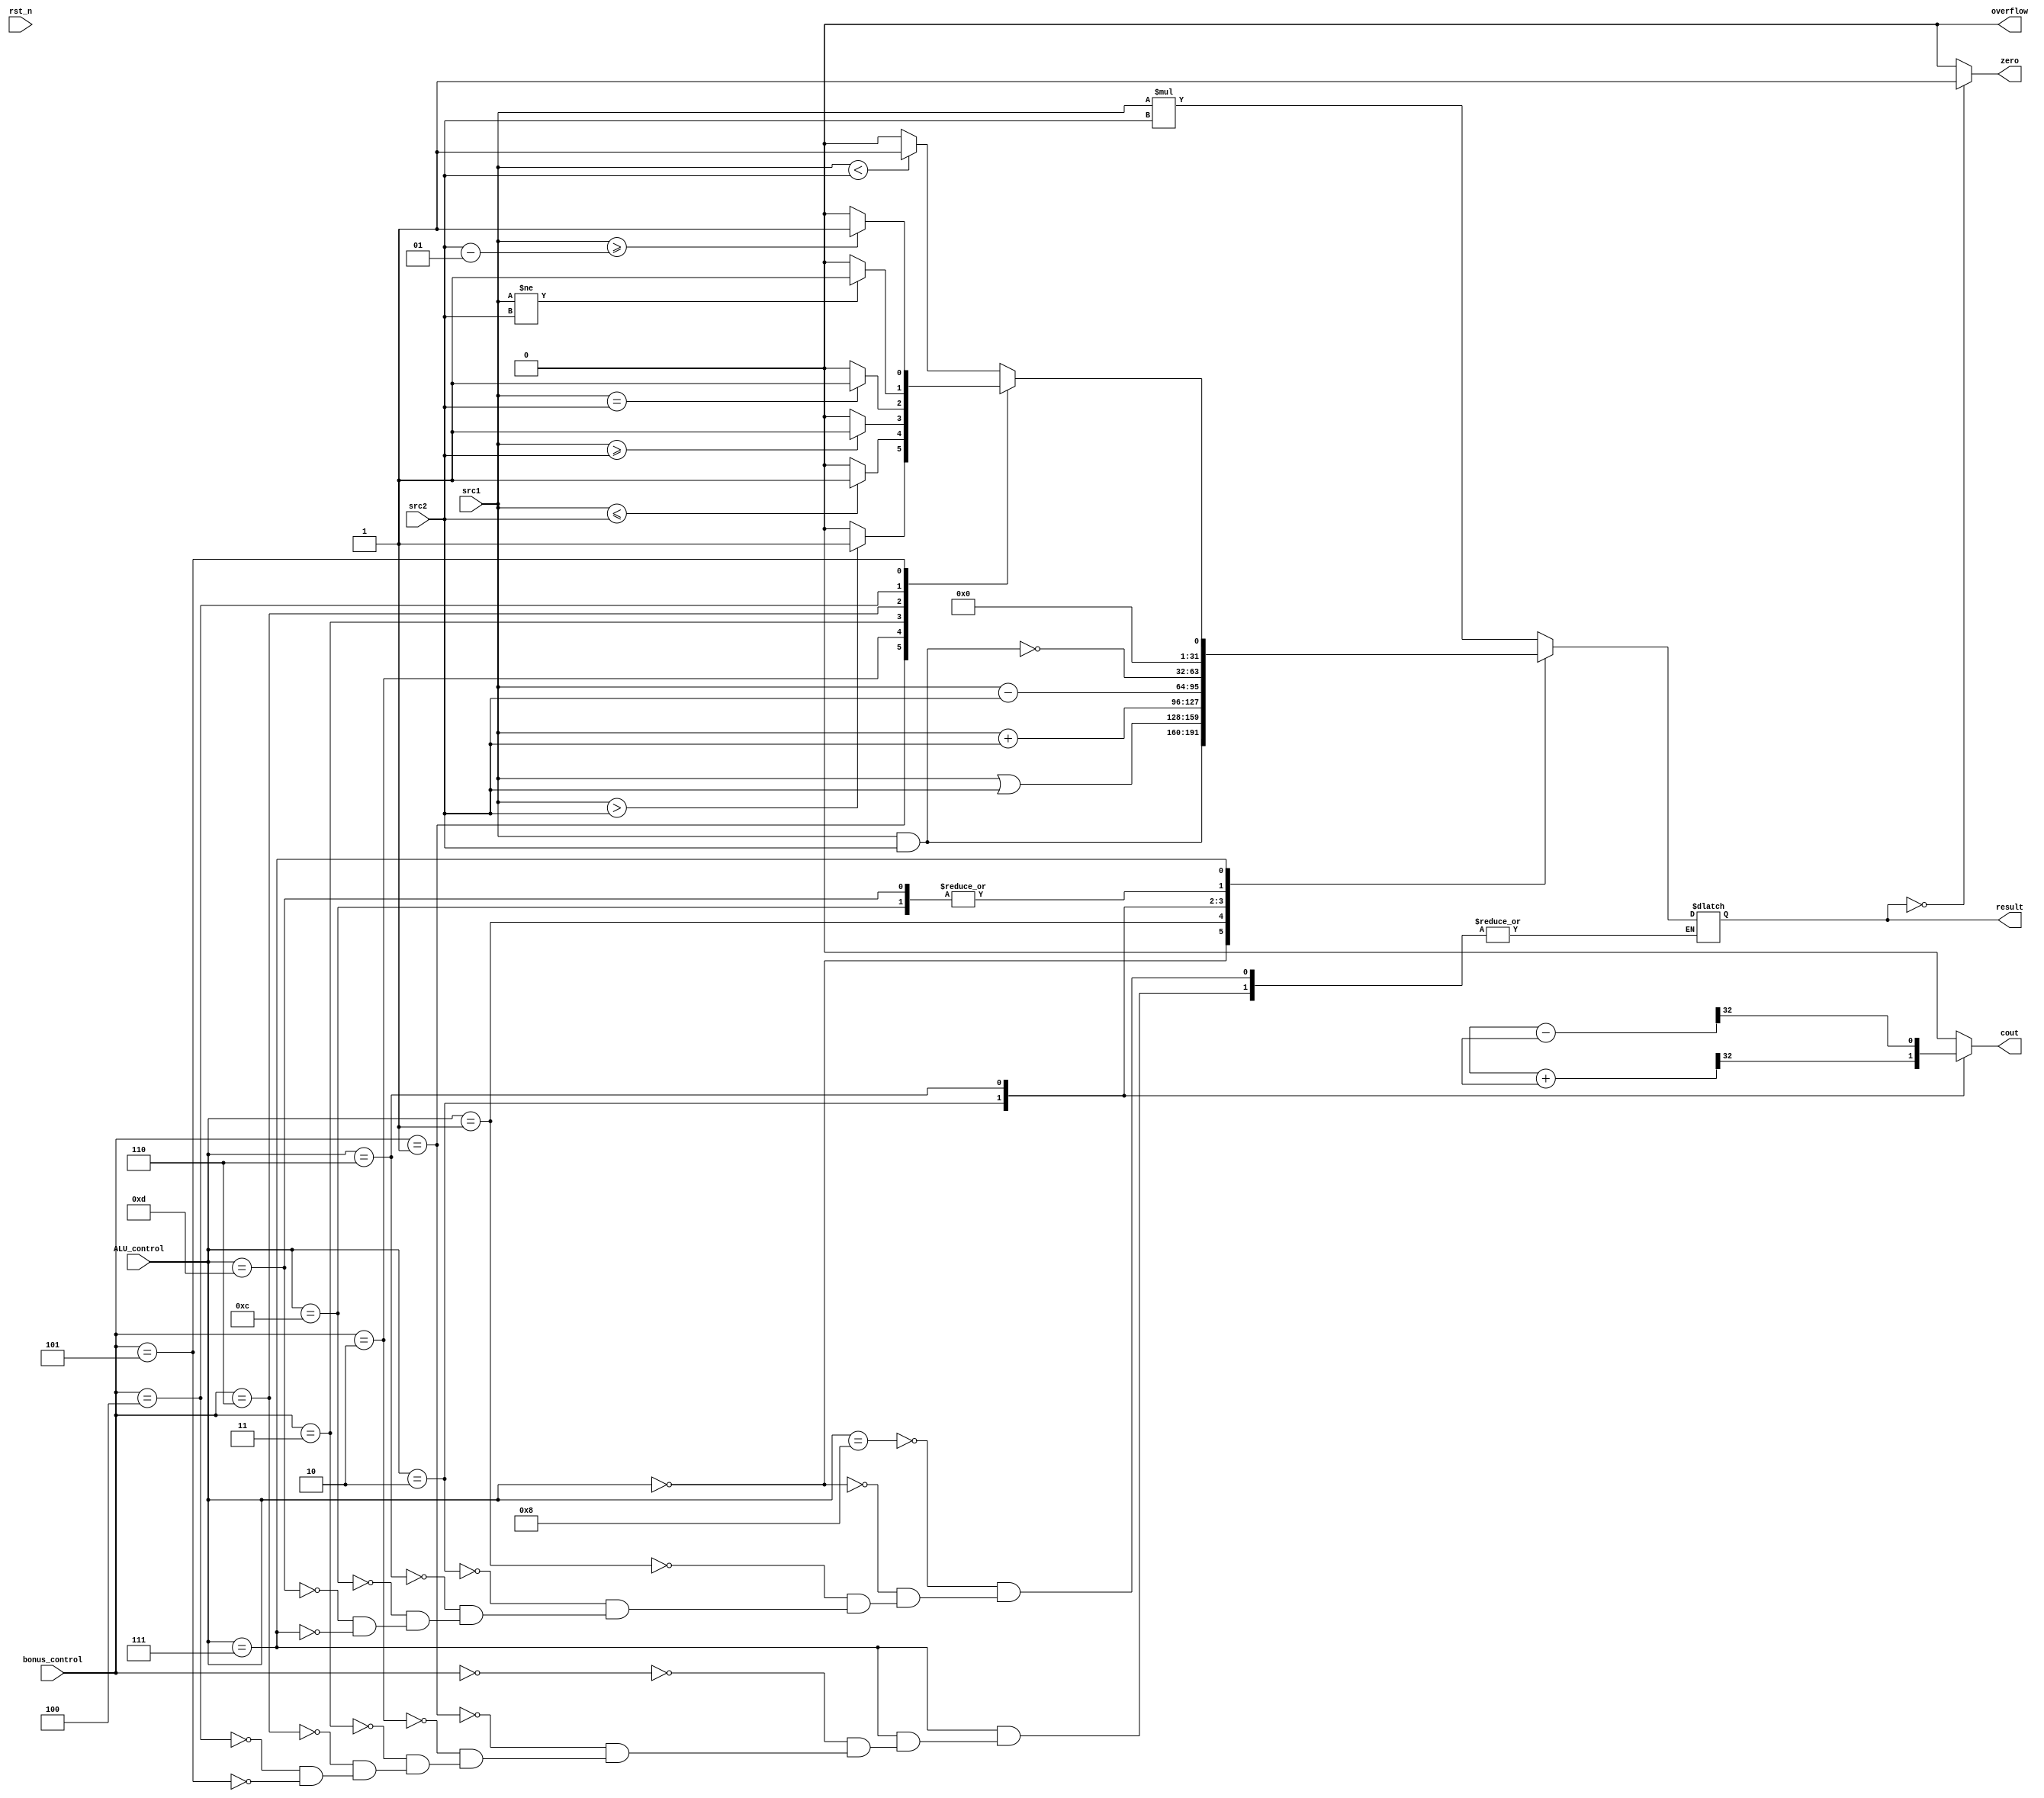
`timescale 1ns/1ps

//////////////////////////////////////////////////////////////////////////////////
// Company: NCTU
//
// Design Name:
// Module Name:    alu
// Project Name:
// Target Devices:
// Tool versions:
// Description:
//
// Dependencies:
//
// Revision:
// Revision 0.01 - File Created
// Additional Comments:
//
//////////////////////////////////////////////////////////////////////////////////

module alu(
           rst_n,         // negative reset            (input)
           src1,          // 32 bits source 1          (input)
           src2,          // 32 bits source 2          (input)
           ALU_control,   // 4 bits ALU control input  (input)
		   bonus_control, // 3 bits bonus control input(input) 
           result,        // 32 bits result            (output)
           zero,          // 1 bit when the output is 0, zero must be set (output)
           cout,          // 1 bit carry out           (output)
           overflow       // 1 bit overflow            (output)
           );


input           rst_n;
input signed[32-1:0] src1;
input signed[32-1:0] src2;
input   [4-1:0] ALU_control;
input   [3-1:0] bonus_control; 

output [32-1:0] result;
output          zero;
output          cout;
output          overflow;

reg    [32-1:0] result;
reg             zero;
reg             cout;
reg             overflow;

reg  [31:0]result1;
reg [31:0]s1,s2;

always@(*)begin
	case(ALU_control)
		8:begin
			result = src1 * src2;
		end
		0:begin
			result = src1 & src2;
		end
		1:begin
			result = src1 | src2;
		end
		2:begin
			result = src1 + src2;
		end
		6:begin
			result = src1 - src2;
		end
		12:begin
			result = ~(src1 & src2);
		end
		13:begin
			result = ~(src1 & src2);
		end
		7:begin
			case(bonus_control)
				3'b000:begin
					result = (src1<src2)?1:0;
				end
				3'b001:begin //sgt
					result = (src1>src2)?1:0;
				end
				3'b010:begin 
					result = (src1<=src2)?1:0;
				end
				3'b011:begin //ge
					result = (src1>=src2)?1:0;
				end
				3'b110:begin //eq
					result = (src1==src2)?1:0;
				end
				3'b100:begin //neq
					result = (src1!=src2)?1:0;
				end
				3'b101:begin //greater than or equal to src2-1
					result = (src1>=(src2-1))?1:0;
				end
			endcase
		end
	endcase
end

always@(*)begin
	if(result==0)begin
		zero = 1;
	end
	else begin
		zero = 0;
	end
end


always@(*)begin
	case(ALU_control)
		2:begin
			//addition
			{cout,result1} = s1 + s2;
		end
		6:begin
			//subtraction
			{cout,result1} = s1 - s2 ;
		end
		
		default:begin
			cout = 0;
		end
		
	endcase
end


always@(*)begin
	case(ALU_control)
		2:begin
			//addition
			if(src1[31]&&src2[31]&&(result[31]))begin
				overflow = 0;
			end
			else if(~(src1[31]&&src2[31]&&(result[31])))begin
				overflow = 0;
			end
			else begin
				overflow = 1;
			end
		end
		default:begin
			overflow = 0;
		end
	endcase
end

endmodule